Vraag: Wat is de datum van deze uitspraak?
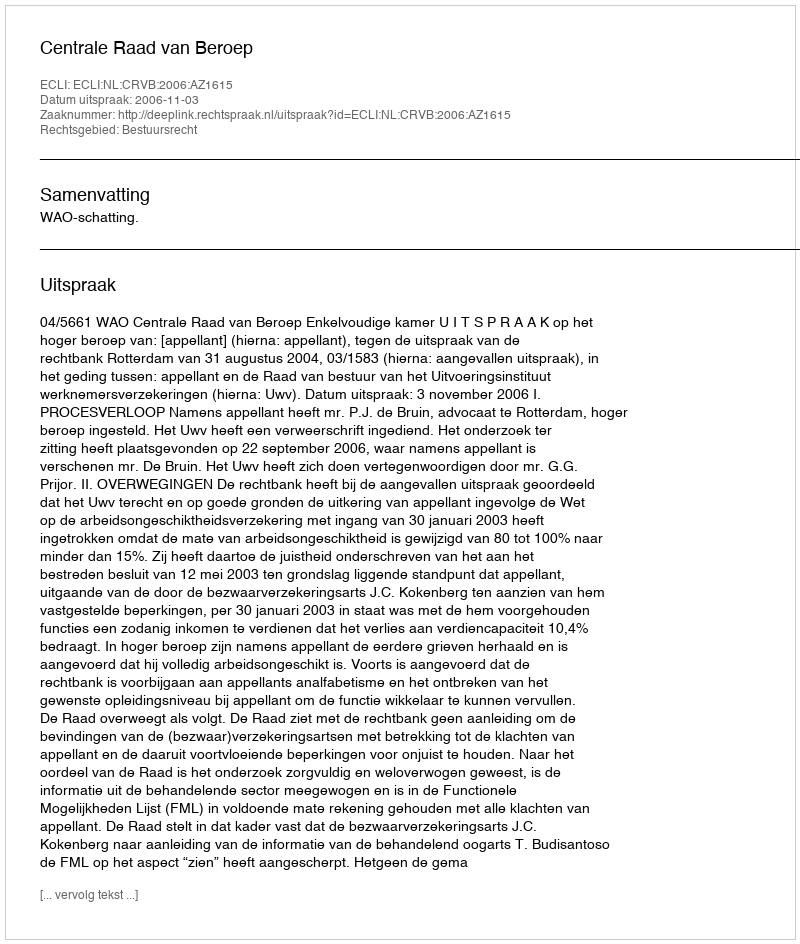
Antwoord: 2006-11-03